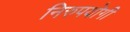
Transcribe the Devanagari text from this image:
निरुपयॊगी